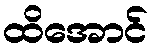
ထိအောင်